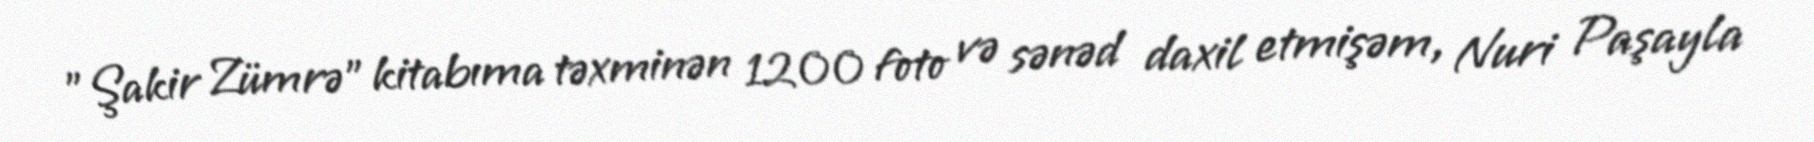
”Şakir Zümrə” kitabıma təxminən 1200 foto və sənəd daxil etmişəm, Nuri Paşayla